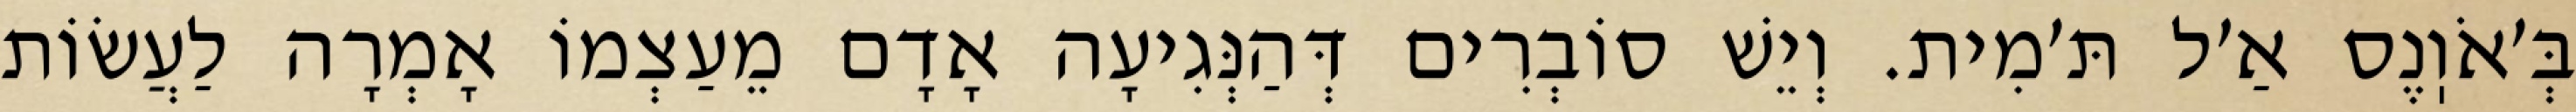
בְּ׳אֹוֽנֶס אַ׳ל תּ׳מִית. וְיֵשׁ סוֹבְרִים דְּהַנְּגִיעָה אָדָם מֵעַצְמוֹ אָמְרָה לַעֲשׂוֹת